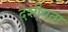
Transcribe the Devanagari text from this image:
देशीयता